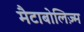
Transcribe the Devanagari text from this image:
मैटाबोलिज़्म